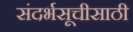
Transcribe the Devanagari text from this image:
संदर्भसूचीसाठी